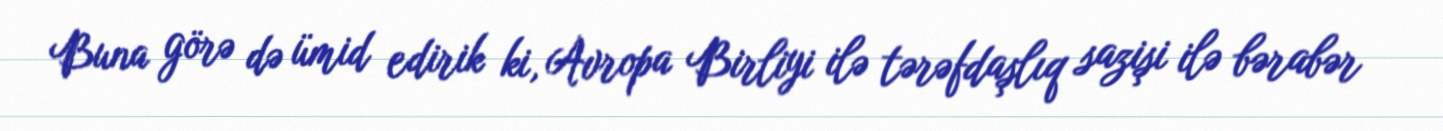
Buna görə də ümid edirik ki, Avropa Birliyi ilə tərəfdaşlıq sazişi ilə bərabər